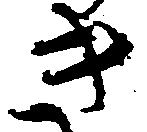
き